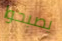
يصبحوا